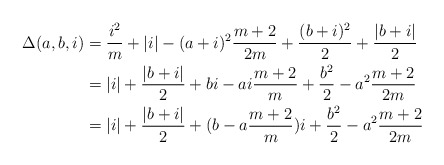
\begin{align*} \Delta(a, b, i) &= \frac{i^2}{m} + |i| - (a+i)^2 \frac{m+2}{2m} + \frac{(b+i)^2}{2} + \frac{|b+i|}{2} \\ &= |i| + \frac{|b+i|}{2} +bi - ai \frac{m+2}{m} +\frac{b^2}{2} - a^2\frac{m+2}{2m} \\ &= |i| + \frac{|b+i|}{2} + (b- a \frac{m+2}{m} ) i +\frac{b^2}{2} - a^2\frac{m+2}{2m} \end{align*}